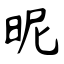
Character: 昵